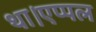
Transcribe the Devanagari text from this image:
था।एप्पल